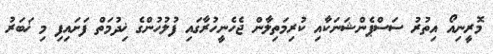
މޮރީނިއޯ އިތުރު ސަސްޕެންޝަނަކާއި ކުރިމަތިލާން ޖެހެނީހުރާގައި ފުލުހުންގެ ޚިދުމަތް ފަށައިފި މި ޚަބަރު